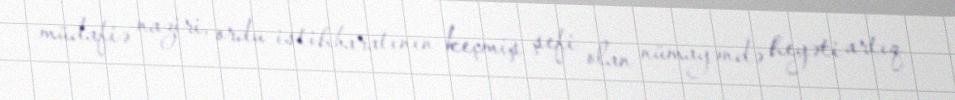
müdafiə naziri, ordu istihbaratının keçmiş şefi olan nümayəndə heyəti artıq